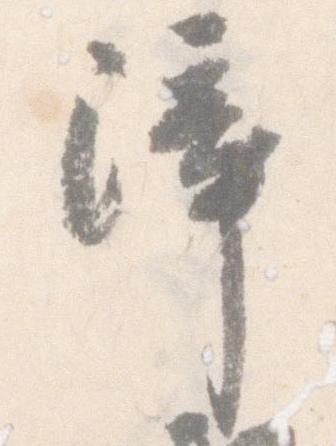
障